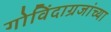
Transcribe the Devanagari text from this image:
गोविंदाग्रजांच्या